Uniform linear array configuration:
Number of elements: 48
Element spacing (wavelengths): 0.5
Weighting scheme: binomial
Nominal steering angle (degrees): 60
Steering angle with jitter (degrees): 59.435
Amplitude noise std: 0.05
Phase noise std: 0.05

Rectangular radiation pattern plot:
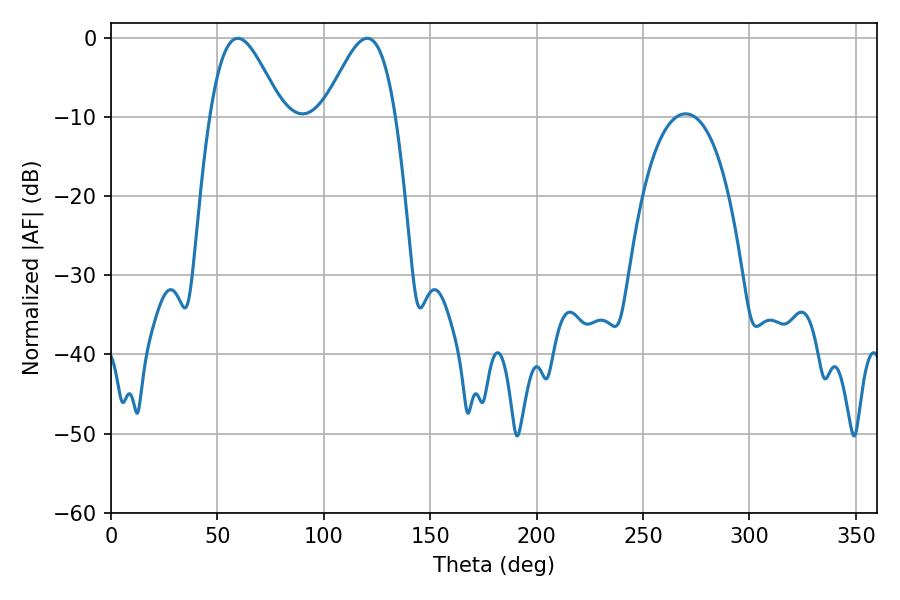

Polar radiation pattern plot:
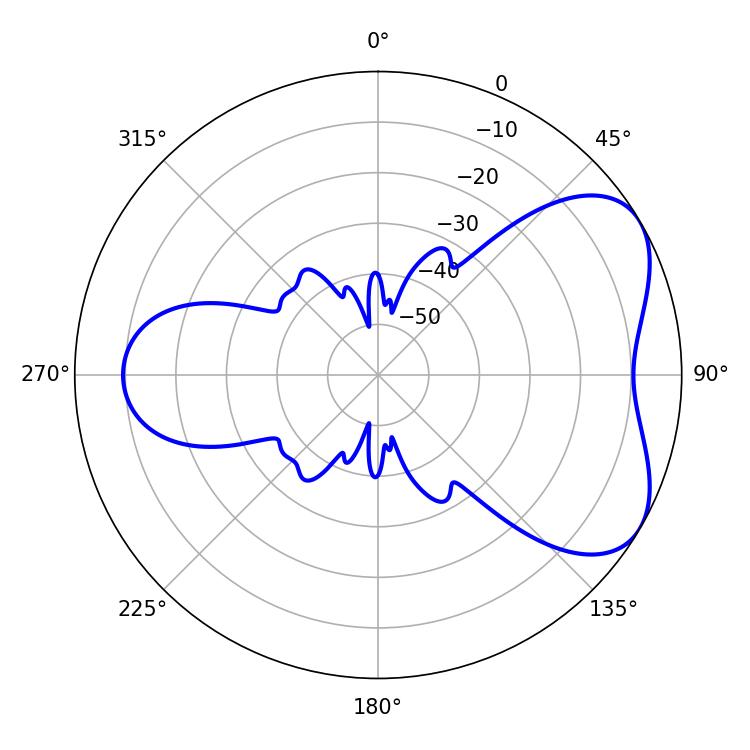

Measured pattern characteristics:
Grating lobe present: FALSE
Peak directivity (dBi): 5.303
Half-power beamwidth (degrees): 18
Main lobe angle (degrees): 59.58